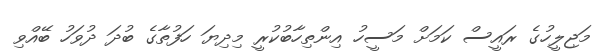
މަޖިލީހުގެ ރައީސް ކަމަށް މަސީހު އިންތިހާބުކުރީ މިދިޔަ ހަފުތާގެ ބުދަ ދުވަހު ބޭއްވި